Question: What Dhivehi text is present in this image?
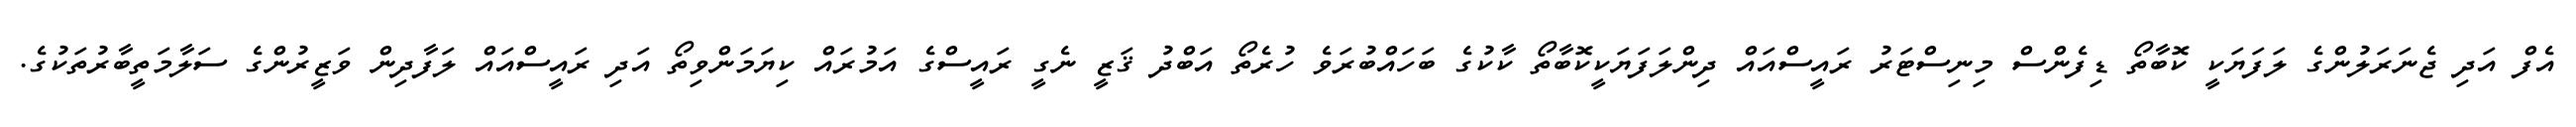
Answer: އެފް އަދި ޖެނަރަލުންގެ ލަފަޔަކީ ކޮބާތޯ ޑިފެންސް މިނިސްޓަރު ރައީސްއައް ދިންލަފަޔަކީކޮބާތޯ ކާކުގެ ބަހައްބުރަވެ ހުރެތޯ އަބްދު ޤަޒީ ނެގީ ރައީސްގެ އަމުރައް ކިޔަމަންވިތޯ އަދި ރައީސްއައް ލަފާދިން ވަޒީރުންގެ ސަލާމަތީބާރުތަކުގެ.